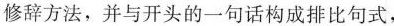
修辞方法，并与开头的一句话构成排比句式，